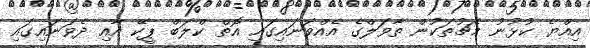
އިއްޔެ ކުޅުނު މެޗުތަކުން ތާވަލްގެ އެއްވަނައިގައި އޮތް ކްލަބް ޕީކޭ އާއި ދެވަނައިގައި